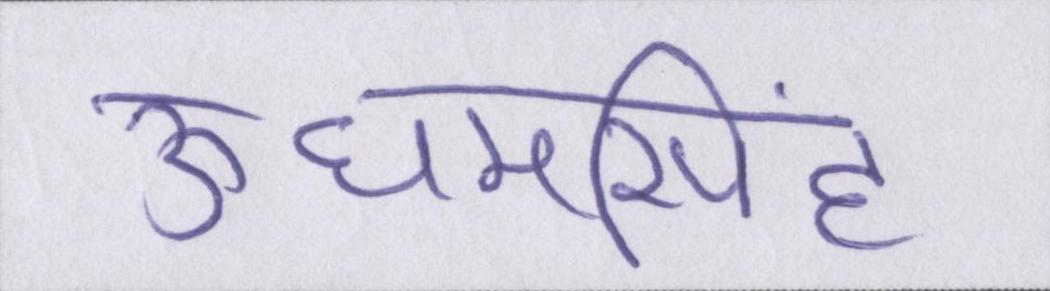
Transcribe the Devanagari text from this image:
ऊधमसिंह